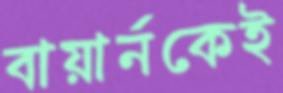
বায়ার্নকেই